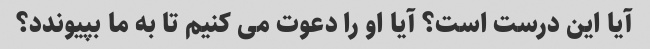
آیا این درست است؟ آیا او را دعوت می کنیم تا به ما بپیوندد؟